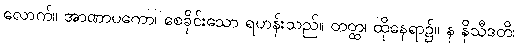
လောက်။ အာဏာပကော၊ စေခိုင်းသော ရဟန်းသည်။ တတ္ထ၊ ထိုနေရာ၌။ န နိသီဒတိ၊